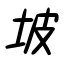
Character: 坡